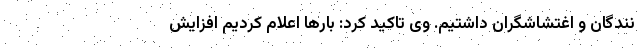
نندگان و اغتشاشگران داشتیم. وی تاکید کرد: بارها اعلام کردیم افزایش